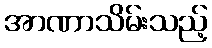
အာဏာသိမ်းသည့်